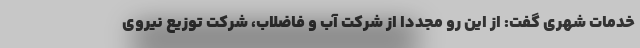
خدمات شهری گفت: از این رو مجددا از شرکت آب و فاضلاب، شرکت توزیع نیروی